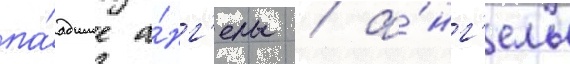
па́дшие а́нг'елы / а́нг'елы